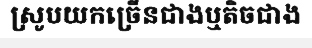
ស្រូបយកច្រើនជាងឬតិចជាង